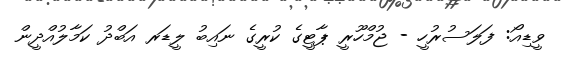
ވީޑިއޯ: ފަލަސުރުހީ - ޖުމްހޫރީ ޕާޓީގެ ކުރީގެ ނައިބު ލީޑަރ އަބްދު ކަމާލުއްދީން